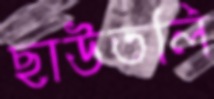
ছাউতলি